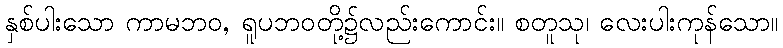
နှစ်ပါးသော ကာမဘဝ, ရူပဘဝတို့၌လည်းကောင်း။ စတူသု၊ လေးပါးကုန်သော။